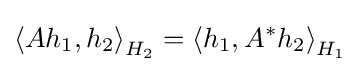
\left\langle Ah_{1},h_{2}\right\rangle _{H_{2}}=\left\langle h_{1},A^{*}h_{2}\right\rangle _{H_{1}}